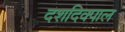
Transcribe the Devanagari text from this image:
दशदिक्पाल